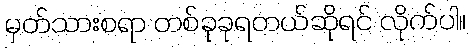
မှတ်သားစရာ တစ်ခုခုရတယ်ဆိုရင် လိုက်ပါ။